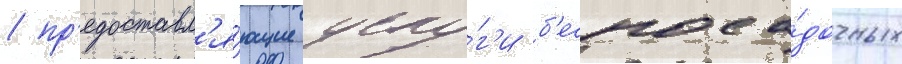
/ пр'едоставл'я́ющие услу́г'и б'еспоса́дочных